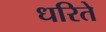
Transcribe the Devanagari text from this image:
धरिते